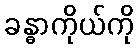
ခန္ဓာကိုယ်ကို